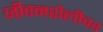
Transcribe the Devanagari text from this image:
जीवनशैलीवर